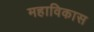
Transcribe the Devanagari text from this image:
महाविकास